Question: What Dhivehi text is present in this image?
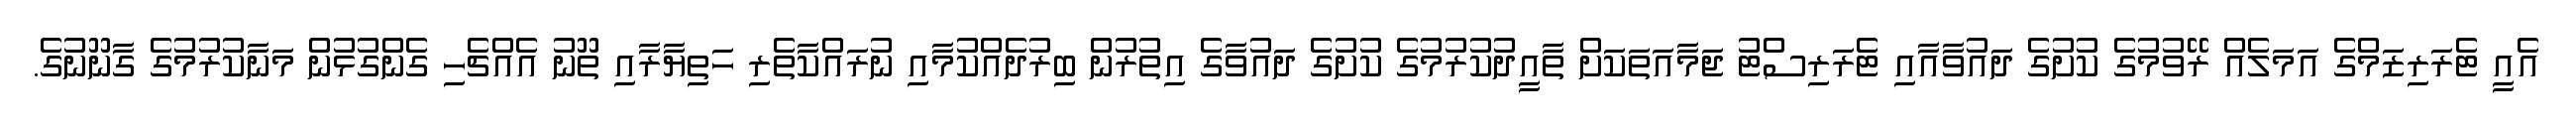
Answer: އެއީ ޓެރަރިޒަމްގެ އަމަލެއް ރޭވުމުގެ ކުށުގެ ދައުވާއާއި ޓެރަރިސްޓު ޖަމާއަތަކަށް ތާއީދުކުރުމުގެ ކުށުގެ ދައުވާގެ އިތުރުން ބިރުދެއްކުމާއި ނުރައްކާތެރި ހަތިޔާރާއި ތޫނު އެއްޗެހި ގެންގުޅުން މަނާކުރުމުގެ ގާނޫނުގެ.